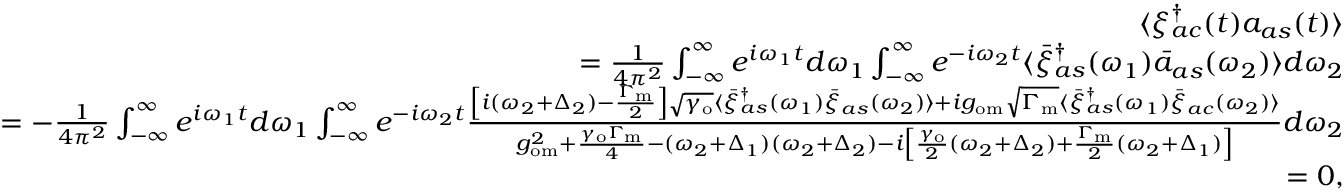
\begin{array} { r l r } & { } & { \langle \xi _ { a c } ^ { \dagger } ( t ) a _ { a s } ( t ) \rangle } \\ & { } & { = \frac { 1 } { 4 \pi ^ { 2 } } \int _ { - \infty } ^ { \infty } e ^ { i \omega _ { 1 } t } d \omega _ { 1 } \int _ { - \infty } ^ { \infty } e ^ { - i \omega _ { 2 } t } \langle \bar { \xi } _ { a s } ^ { \dagger } ( \omega _ { 1 } ) \bar { a } _ { a s } ( \omega _ { 2 } ) \rangle d \omega _ { 2 } } \\ & { } & { = - \frac { 1 } { 4 \pi ^ { 2 } } \int _ { - \infty } ^ { \infty } e ^ { i \omega _ { 1 } t } d \omega _ { 1 } \int _ { - \infty } ^ { \infty } e ^ { - i \omega _ { 2 } t } \frac { \left[ i ( \omega _ { 2 } + \Delta _ { 2 } ) - \frac { \Gamma _ { \mathrm { m } } } { 2 } \right] \sqrt { \gamma _ { \mathrm { o } } } \langle \bar { \xi } _ { a s } ^ { \dagger } ( \omega _ { 1 } ) \bar { \xi } _ { a s } ( \omega _ { 2 } ) \rangle + i g _ { \mathrm { o m } } \sqrt { \Gamma _ { \mathrm { m } } } \langle \bar { \xi } _ { a s } ^ { \dagger } ( \omega _ { 1 } ) \bar { \xi } _ { a c } ( \omega _ { 2 } ) \rangle } { g _ { \mathrm { o m } } ^ { 2 } + \frac { \gamma _ { \mathrm { o } } \Gamma _ { \mathrm { m } } } { 4 } - ( \omega _ { 2 } + \Delta _ { 1 } ) ( \omega _ { 2 } + \Delta _ { 2 } ) - i \left[ \frac { \gamma _ { \mathrm { o } } } { 2 } ( \omega _ { 2 } + \Delta _ { 2 } ) + \frac { \Gamma _ { \mathrm { m } } } { 2 } ( \omega _ { 2 } + \Delta _ { 1 } ) \right] } d \omega _ { 2 } } \\ & { } & { = 0 , } \end{array}